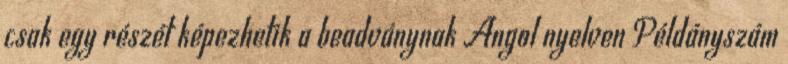
csak egy részét képezhetik a beadványnak Angol nyelven Példányszám